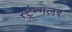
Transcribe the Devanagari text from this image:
स्ट्रैन्गलर